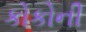
કોકોની